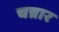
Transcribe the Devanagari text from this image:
चन्नार